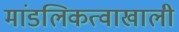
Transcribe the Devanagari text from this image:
मांडलिकत्वाखाली